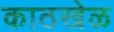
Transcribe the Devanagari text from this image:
काठखेळ